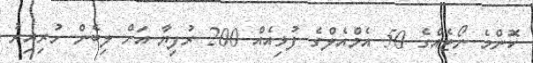
ކޮންމެ ނޯޓެއްގެ 50 އެމްއެލްގެ ފުޅިއެއް 200 ރުފިޔާ އަށް ލިބެން ހުރިއިރު